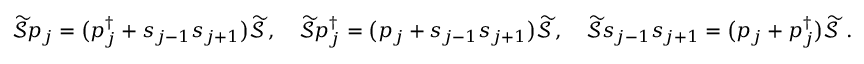
\begin{array} { r } { \widetilde { \mathcal { S } } p _ { j } = \big ( p _ { j } ^ { \dagger } + s _ { j - 1 } s _ { j + 1 } \big ) \widetilde { \mathcal { S } } \, , \quad \widetilde { \mathcal { S } } p _ { j } ^ { \dagger } = \big ( p _ { j } + s _ { j - 1 } s _ { j + 1 } \big ) \widetilde { \mathcal { S } } \, , \quad \widetilde { \mathcal { S } } s _ { j - 1 } s _ { j + 1 } = \big ( p _ { j } + p _ { j } ^ { \dagger } \big ) \widetilde { \mathcal { S } } \ . } \end{array}